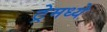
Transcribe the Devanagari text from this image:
ट्रेमध्ये